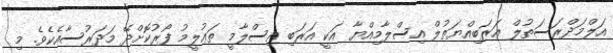
އަލްމަދްރަސަތުލް ޢަރަބިއްޔަތުލް އިސްލާމިއްޔާ އަކީ އަރަބި އިސްލާމީ ތަޢުލީމު ފޯރުކޮށްދޭ މަދަރުސާއެކެވެ. މި